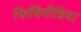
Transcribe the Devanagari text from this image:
फिसिपीडिया